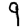
Digit: 9